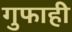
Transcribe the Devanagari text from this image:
गुफाही